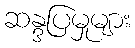
ဆန္ဒပြမှုများ